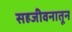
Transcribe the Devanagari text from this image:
सहजीवनातून